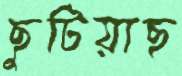
ছুটিয়াছ